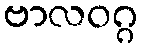
ဗာလဝဂ္ဂ